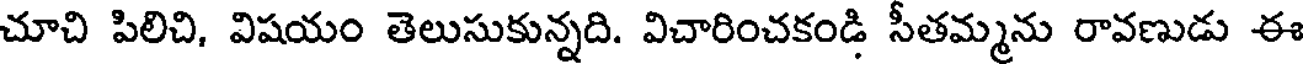
చూచి పిలిచి, విషయం తెలుసుకున్నది. విచారించకండి సీతమ్మను రావణుడు ఈ